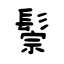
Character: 鬃